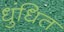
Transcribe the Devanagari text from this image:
धुंधित